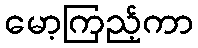
မော့ကြည့်ကာ